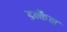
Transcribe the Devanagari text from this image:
डन्कैन